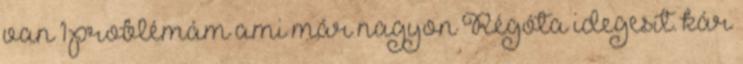
van 1 problémám ami már nagyon Régóta idegesít. kár